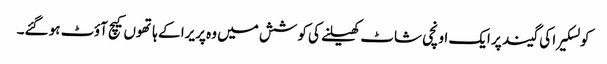
کولسکیرا کی گیند پر ایک اونچی شاٹ کھیلنے کی کوشش میں وہ پریرا کے ہاتھوں کیچ آؤٹ ہو گئے۔